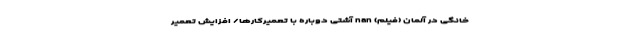
خانگی در آلمان (فیلم) nan آشتی دوباره با تعمیرکارها/ افزایش تعمیر